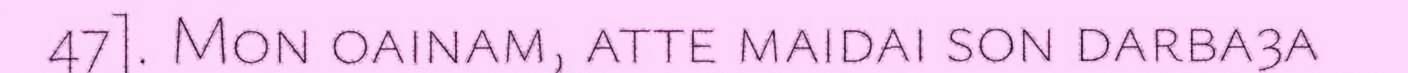
47]. Mon oainam, atte maidai son darba3a